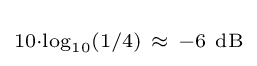
\scriptstyle 10\cdot \log _{10}(1/4)\ \approx \ -6\ \mathrm {dB}